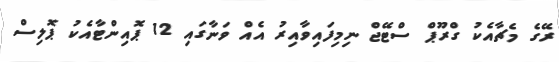
ރޭގެ މެޗާއެކު ގްރޫޕް ސްޓޭޖް ނިމިފައިވާއިރު އެއް ވަނާގައި 12 ޕޮއިންޓާއެކު ޕޮލިސް